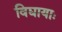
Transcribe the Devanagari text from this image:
विद्यायाः